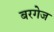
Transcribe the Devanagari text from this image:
बरगेज